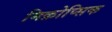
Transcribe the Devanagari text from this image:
मिक्रोप्सिक